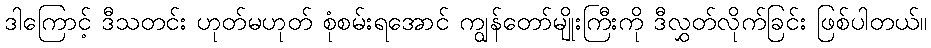
ဒါကြောင့် ဒီသတင်း ဟုတ်မဟုတ် စုံစမ်းရအောင် ကျွန်တော်မျိုးကြီးကို ဒီလွှတ်လိုက်ခြင်း ဖြစ်ပါတယ်။